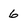
Character: 6